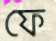
ফে